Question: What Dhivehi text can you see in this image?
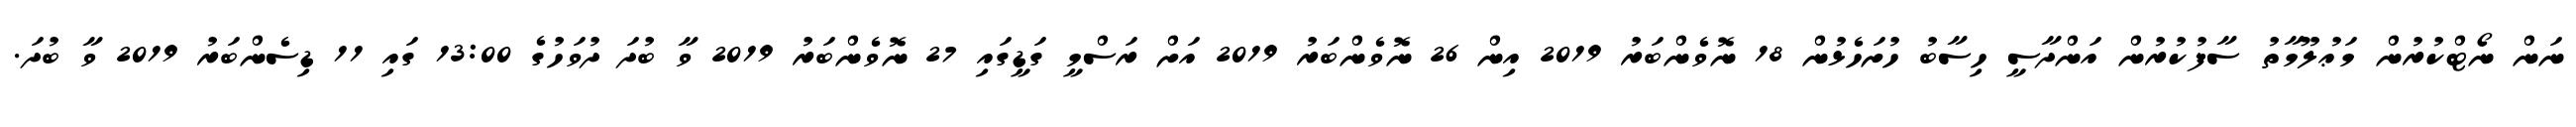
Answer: ނަން ނޯޓްކުރުން މަޢުލޫމާތު ސާފުކުރުން އަންދާސީ ހިސާބު ހުށަހެޅުން 18 ނޮވެންބަރު 2019 އިން 26 ނޮވެންބަރު 2019 އަށް ރަސްމީ ގަޑީގައި 27 ނޮވެންބަރު 2019 ވާ ބުދަ ދުވަހުގެ 13:00 ގައި 11 ޑިސެންބަރު 2019 ވާ ބުދަ.